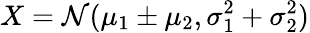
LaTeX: X=\mathcal{N}(\mu_{1}\pm\mu_{2},\sigma_{1}^{2}+\sigma_{2}^{2})